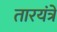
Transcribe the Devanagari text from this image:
तारयंत्रे